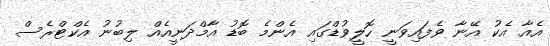
އެއާ އެކު އޭނާ ވެފައިވަނީ ހޮލީވުޑްގައި އެންމެ ބޮޑު އާމްދަނީއެއް ލިބުނު އެކްޓްރެސް